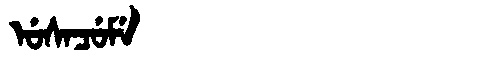
Manchu: ᡠᠰᠠᠴᡠᠮᡝ
Romanization: USACUME